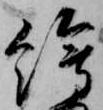
絵